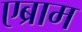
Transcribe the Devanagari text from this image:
एब्राम